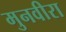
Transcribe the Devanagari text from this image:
मुनवीरा